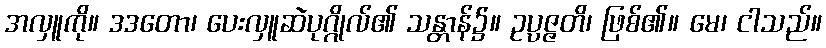
အလှူကို။ ဒဒတော၊ ပေးလှူဆဲပုဂ္ဂိုလ်၏ သန္တာန်၌။ ဥပ္ပဇ္ဇတိ၊ ဖြစ်၏။ မေ၊ ငါသည်။